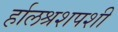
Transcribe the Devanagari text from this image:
र्हालश्रशपशी